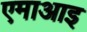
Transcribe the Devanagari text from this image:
एमाआइ